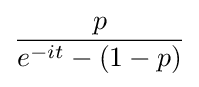
{\frac {p}{e^{-it}-(1-p)}}